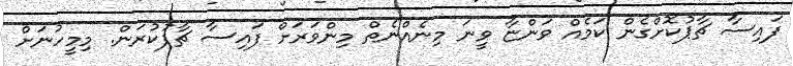
ފައިސާ ޗާޕުކޮށްގެން ކަމެއް ވަންޏާ ވީނަ މިނެއްނެތް މިންވަރަށް ފައިސާ ޗާޕުކުރަން. މިމީހުނަށް